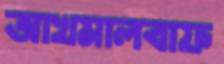
আখমালবাফ